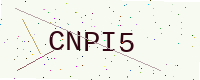
Text: CNPI5